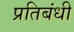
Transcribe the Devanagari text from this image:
प्रतिबंधी